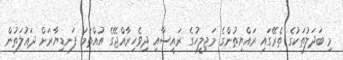
މި ބަދަލުތަކުގެ ތެރޭގައި ރައްޔިތުންގެ މަޖިލީހުގެ ރައީސާއި ދިވެހިރާއްޖޭގެ އުއްތަމަ ފަނޑިޔާރަށް ދައުލަތުން